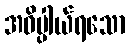
အဓိပ္ပါယ်ရသော